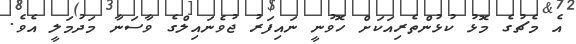
އެ މެޗުގެ މޮޅު ކުޅުންތެރިއަކަށް ހޮވުނީ ނައިފަރު ޖުވެނައިލްގެ ވާސަނާ މަދުމަލީ އެވެ.